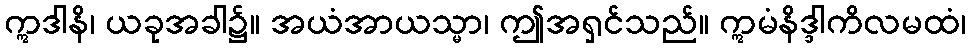
ဣဒါနိ၊ ယခုအခါ၌။ အယံအာယသ္မာ၊ ဤအရှင်သည်။ ဣမံနိဒ္ဒါကိလမထံ၊